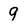
Character: 9